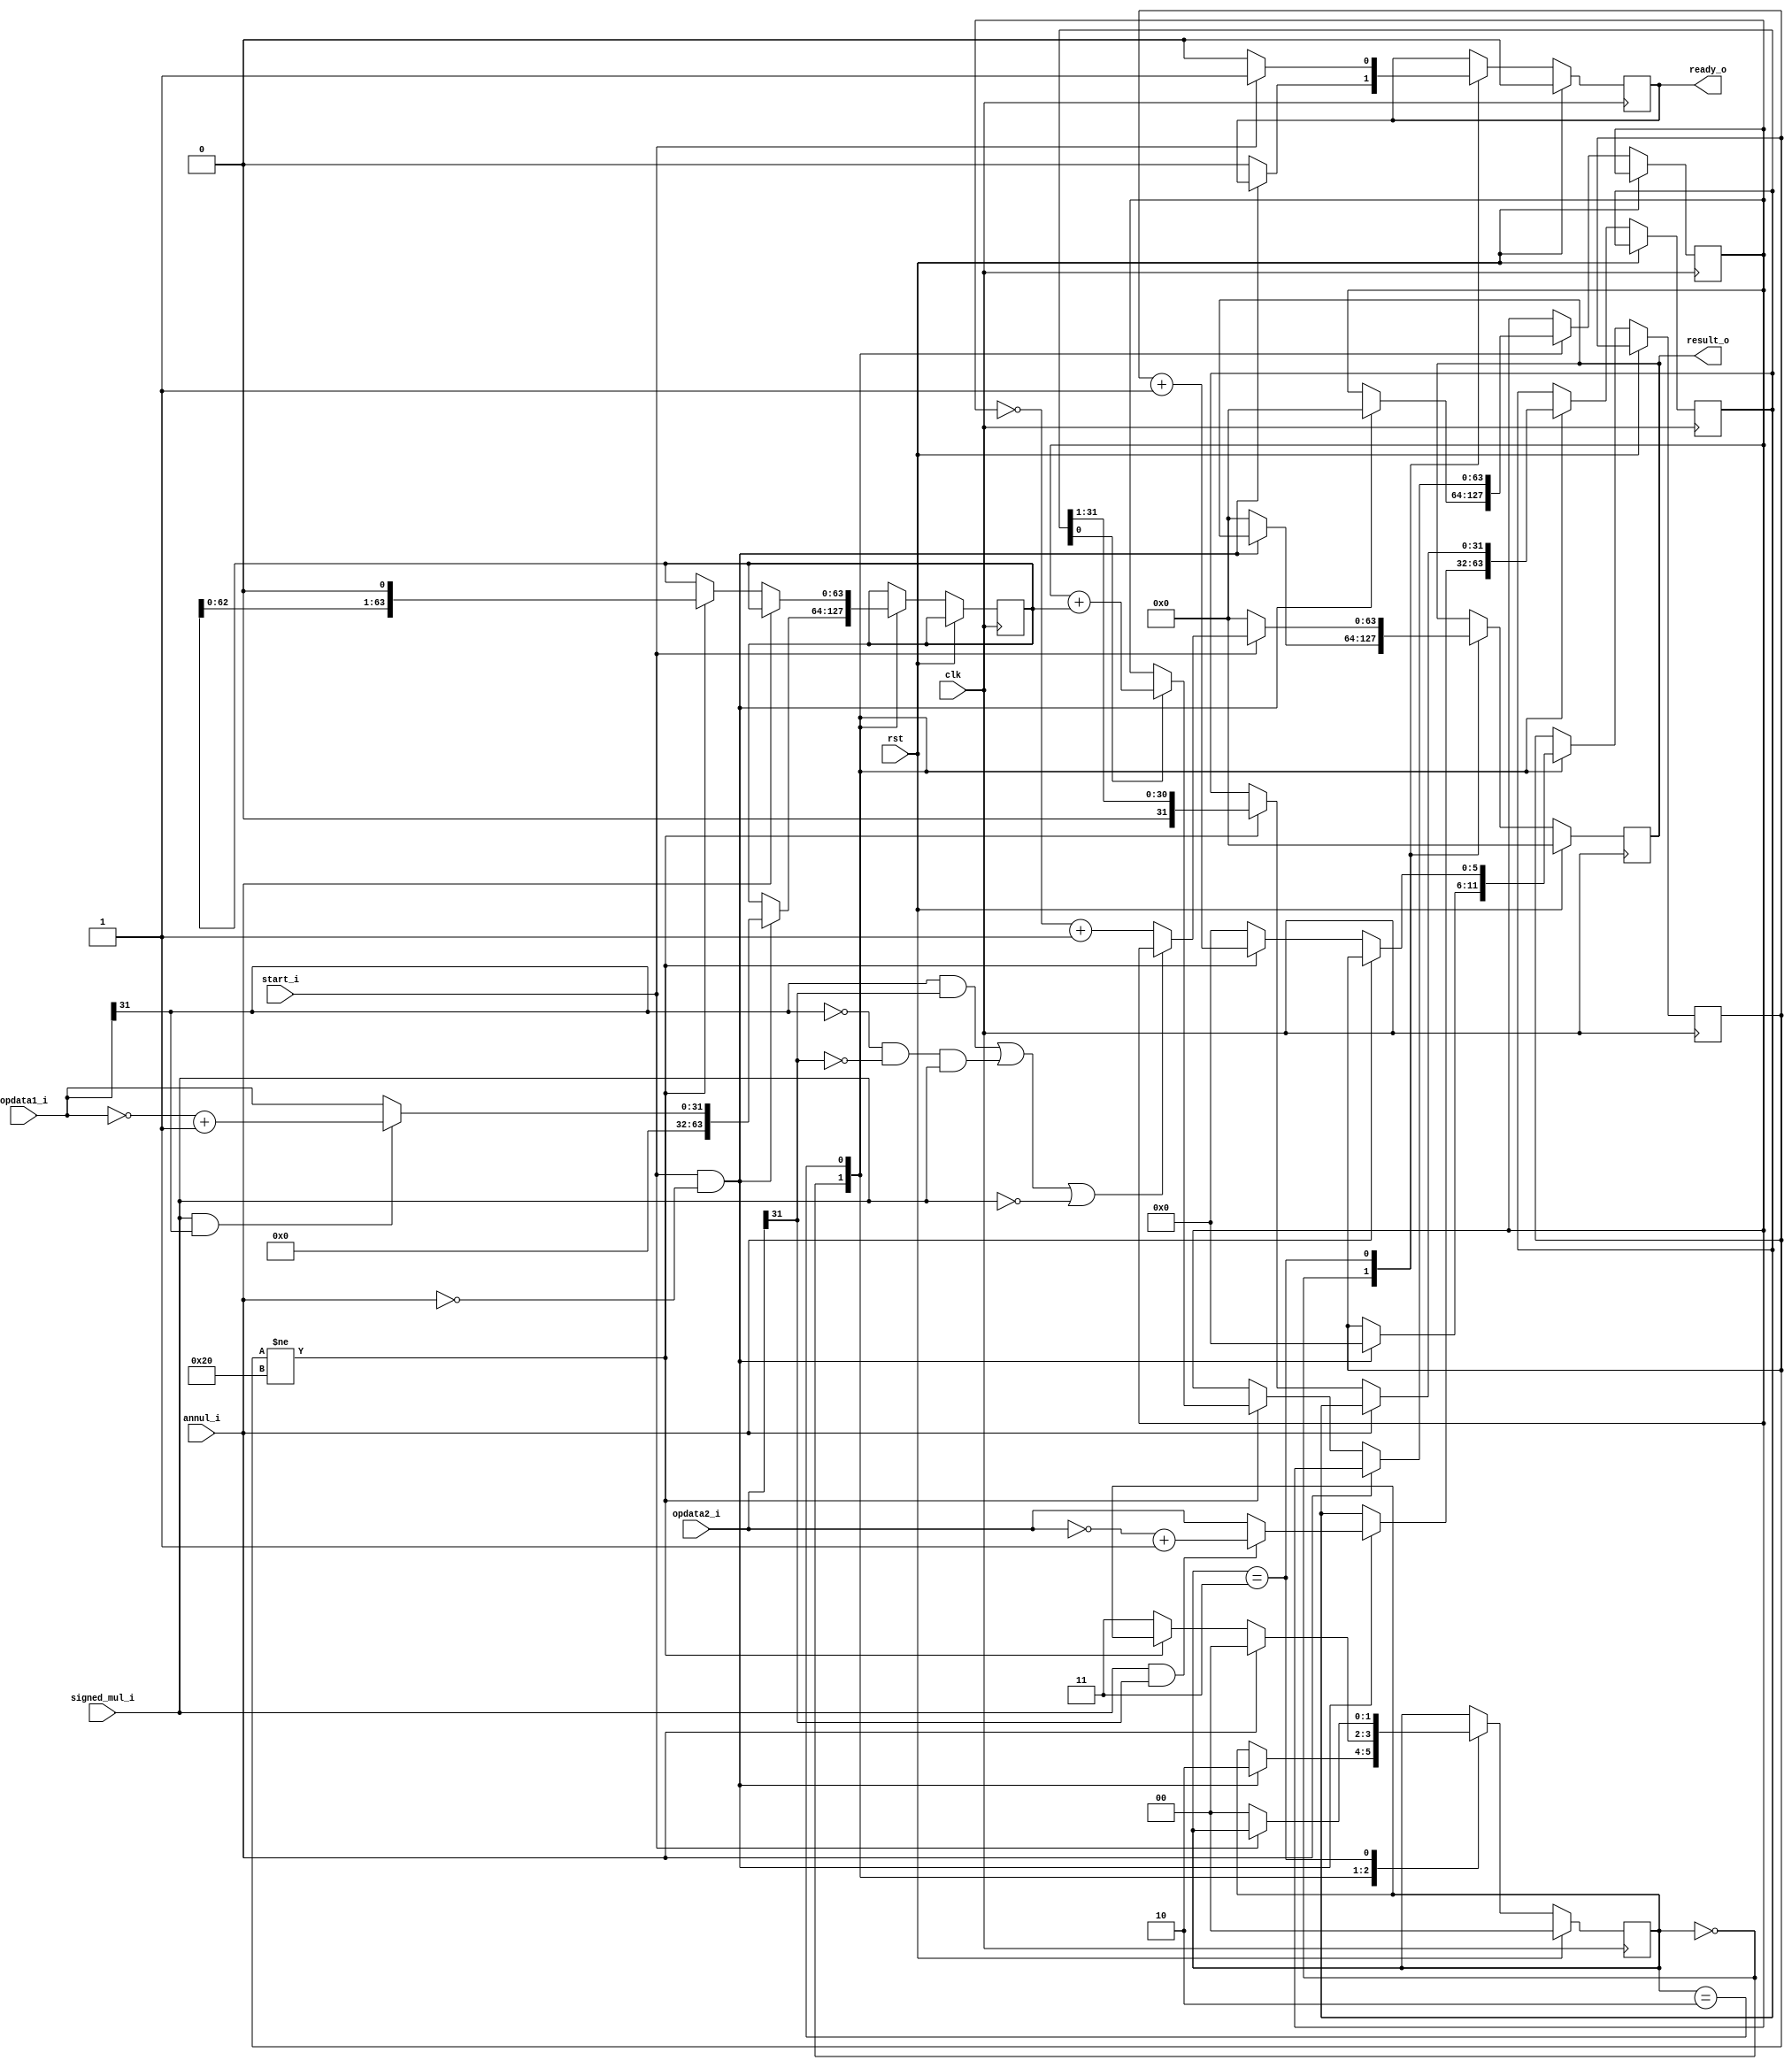
module mul_32_1(
    input wire rst,							
	input wire clk,							
	input wire signed_mul_i,						
	input wire[31:0] opdata1_i,				
	input wire[31:0] opdata2_i,				
	input wire start_i,						///Ƿʼ˷
	input wire annul_i,						//Ƿȡ˷㣬1λȡ
	output reg signed [63:0] result_o,				//˷
	output reg ready_o			
    );
    reg [5:0] cnt;							//¼˷˼
	
	reg [1:0] state;						//˷ڵ״̬	??	
	
	reg[63:0] mult1_shift;
	reg[31:0] mult2_shift;
	reg[63:0] mult1_acc;
	reg[31:0] neg1;
	reg[31:0] neg2;
	always @ (posedge clk) begin
		if (rst) begin
			state <= 2'b00;
			result_o <= {32'b0,32'b0};
			ready_o <= 1'b0;
		end else begin
			case(state)
			
				2'b00: begin			//
					if (start_i == 1'b1 && annul_i == 1'b0) begin
							state <= 2'b10;					
							cnt <= 6'b000000;
							if(signed_mul_i == 1'b1 && opdata1_i[31] == 1'b1) begin			///
								mult1_shift <= {32'b0,(~opdata1_i + 1)};
							end else begin
								mult1_shift <= {32'b0,opdata1_i};
							end
							if (signed_mul_i == 1'b1 && opdata2_i[31] == 1'b1 ) begin			//
								mult2_shift <= (~opdata2_i + 1);
							end else begin
								mult2_shift <= opdata2_i;
							end
							begin
							    mult1_acc<=64'b0;
							 end
					   end else begin
						ready_o <= 1'b0;
						result_o <= {32'b0, 32'b0};
					end
				end
//							mult1_acc= 
//							           opdata2_i[0]?{32'b0,opdata1_i}:64'b0;
					
			
				
				2'b10: begin				
					if(annul_i == 1'b0) begin			//г˷
						if(cnt != 6'b100000) begin
						mult1_acc <=(mult2_shift[0]==1'b1)?(mult1_acc+mult1_shift):mult1_acc;
							mult1_shift<={mult1_shift[62:0],1'b0};
							mult2_shift<={1'b0,mult2_shift[31:1]};
							
							cnt <= cnt +1;		//˷
						end	else begin
									   state <= 2'b11;
									   cnt <= 6'b000000;
									   end
					end else begin	
						state <= 2'b00;
					end
				end
				
				2'b11: begin			//˷
					result_o <= (((opdata1_i[31] == 1'b1&&opdata2_i[31] == 1'b1)||(opdata1_i[31] == 1'b0&&opdata2_i[31] == 1'b0)&&signed_mul_i == 1'b1)||signed_mul_i == 1'b0)?mult1_acc:(~mult1_acc+1);
					ready_o <= 1'b1;
					if (start_i == 1'b0) begin
						state <= 2'b00;
						ready_o <= 1'b0;
						result_o <= {32'b0, 32'b0};
					end
				end
				
			endcase
		end
	end
endmodule